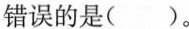
错误的是( )。